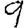
Digit: 9